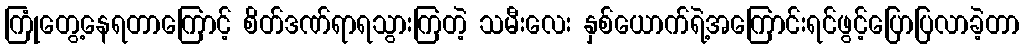
ကြုံတွေ့နေရတာကြောင့် စိတ်ဒဏ်ရာရသွားကြတဲ့ သမီးလေး နှစ်ယောက်ရဲ့အကြောင်းရင်ဖွင့်ပြောပြလာခဲ့တာ